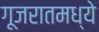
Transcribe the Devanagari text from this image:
गूजरातमध्ये